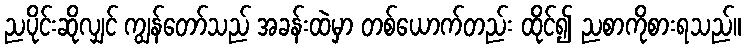
ညပိုင်းဆိုလျှင် ကျွန်တော်သည် အခန်းထဲမှာ တစ်ယောက်တည်း ထိုင်၍ ညစာကိုစားရသည်။